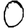
Digit: 0